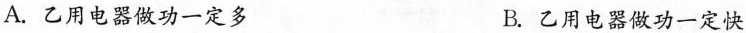
A.乙用电器做功一定多 B.乙用电器做功一定快